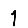
Digit: 1